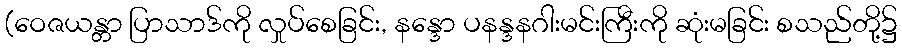
(ဝေဇယန္တာ ပြာသာဒ်ကို လှုပ်စေခြင်း, နန္ဒော ပနန္ဒနဂါးမင်းကြီးကို ဆုံးမခြင်း စသည်တို့၌